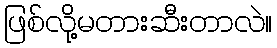
ဖြစ်လို့မတားဆီးတာလဲ။